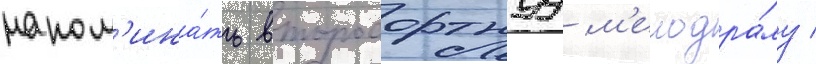
напом'ина́ть второсортнуу м'елодра́му /